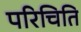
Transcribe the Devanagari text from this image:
परिचिति